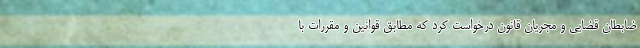
ضابطان قضایی و مجریان قانون درخواست کرد که مطابق قوانین و مقررات با